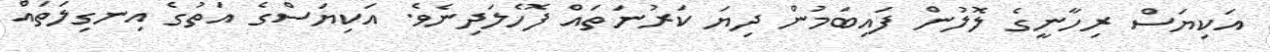
އަކިޔަސް ރިހާނީގެ ލޮލުން ފައިބަމުން ދިޔަ ކަރުނަތައް ފޮހެލަދިނެވެ. އަކިޔަސްގެ އަތުގެ އިނގިލަތައް